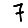
Digit: 7